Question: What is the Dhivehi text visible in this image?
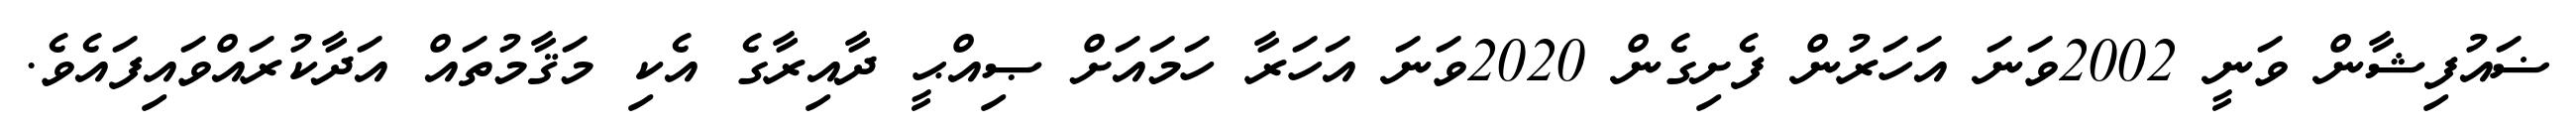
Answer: ޟައުފިޝާން ވަނީ 2002ވަނަ އަހަރުން ފެށިގެން 2020ވަނަ އަހަރާ ހަމައަށް ޞިއްޙީ ދާއިރާގެ އެކި މަޤާމުތައް އަދާކުރައްވައިފައެވެ.